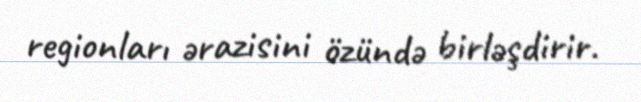
regionları ərazisini özündə birləşdirir.